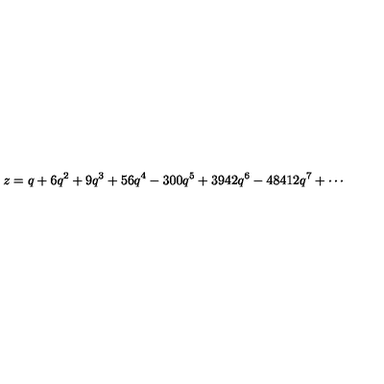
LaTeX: z = q + 6 q ^ { 2 } + 9 q ^ { 3 } + 5 6 q ^ { 4 } - 3 0 0 q ^ { 5 } + 3 9 4 2 q ^ { 6 } - 4 8 4 1 2 q ^ { 7 } + \cdots